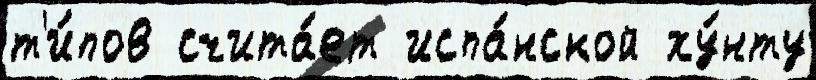
т'и́пов счита́ет испа́нской ху́нту